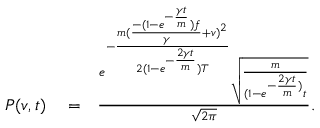
\begin{array} { r l r } { P ( v , t ) } & { { } = } & { { \frac { e ^ { - { \frac { m ( { \frac { - ( 1 - e ^ { - { \frac { \gamma t } { m } } } ) f } { \gamma } } + v ) ^ { 2 } } { 2 ( 1 - e ^ { - { \frac { 2 \gamma t } { m } } } ) T } } } \sqrt { { \frac { m } { ( 1 - e ^ { - { \frac { 2 \gamma t } { m } } ) } t } } } } { \sqrt { 2 \pi } } } . } \end{array}